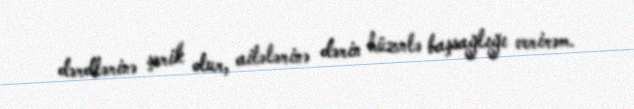
dərdlərinə şərik olur, ailələrinə dərin hüznlə başsağlığı verirəm.